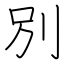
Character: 別